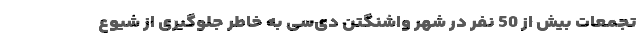
تجمعات بیش از 50 نفر در شهر واشنگتن دی‌سی به خاطر جلوگیری از شیوع